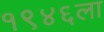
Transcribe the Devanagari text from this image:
१९४६ला